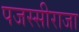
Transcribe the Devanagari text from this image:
पजस्सीराजा